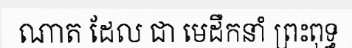
ណាត ដែល ជា មេដឹកនាំ ព្រះពុទ្ធ